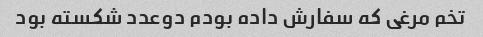
تخم مرغی که سفارش داده بودم دوعدد شکسته بود